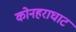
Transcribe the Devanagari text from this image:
कोनहराघाट